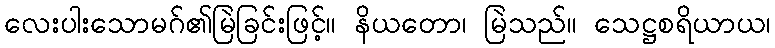
လေးပါးသောမဂ်၏မြဲခြင်းဖြင့်။ နိယတော၊ မြဲသည်။ သေဋ္ဌစရိယာယ၊